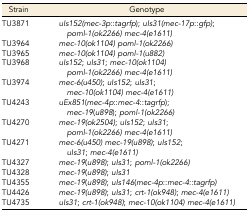
<table><thead><tr><td><b>Strain</b></td><td><b>Genotype</b></td></tr></thead><tbody><tr><td>TU3871</td><td><i>uIs152(mec-3p</i>::<i>tagrfp</i>);<i>uIs31(mec-17p</i>::<i>gfp)</i>;<i>poml-1(ok2266) mec-4(e1611)</i></td></tr><tr><td>TU3964</td><td><i>mec-10(ok1104)poml-1(ok2266)</i></td></tr><tr><td>TU3965</td><td><i>mec-10(ok1104)poml-1(u882)</i></td></tr><tr><td>TU3968</td><td><i>uIs152</i>;<i>uIs31</i>; <i>mec-10(ok1104) poml-1(ok2266)mec-4(e1611)</i></td></tr><tr><td>TU3974</td><td><i>mec-6(u450)</i>;<i>uIs152</i>; <i>uIs31</i>;<i>mec-10(ok1104) mec-4(e1611)</i></td></tr><tr><td>TU4243</td><td><i>uEx851</i>(<i>mec-4p</i>::<i>mec-4</i>::<i>tagrfp</i>);<i>mec-19</i>(<i>u898</i>);<i>poml-1(ok2266)</i></td></tr><tr><td>TU4270</td><td><i>mec-19(ok2504)</i>;<i>uIs152</i>; <i>uIs31</i>;<i>poml-1(ok2266) mec-4(e1611)</i></td></tr><tr><td>TU4271</td><td><i>mec-6(u450) mec-19(u898)</i>;<i>uIs152</i>; <i>uIs31</i>;<i>mec-4(e1611)</i></td></tr><tr><td>TU4327</td><td><i>mec-19</i>(<i>u898)</i>; <i>uIs31</i>;<i>poml-1(ok2266)</i></td></tr><tr><td>TU4328</td><td><i>mec-19</i>(<i>u898)</i>;<i>uIs31</i></td></tr><tr><td>TU4355</td><td><i>mec-19</i>(<i>u898)</i>;<i>uIs146</i>(<i>mec-4p</i>::<i>mec-4</i>::<i>tagrfp)</i></td></tr><tr><td>TU4426</td><td><i>mec-19(u898)</i>;<i>uIs31</i>; <i>crt-1(ok948)</i>;<i>mec-4(e1611)</i></td></tr><tr><td>TU4735</td><td><i>uIs31</i>;<i>crt-1(ok948)</i>; <i>mec-10(ok1104)mec-4(e1611)</i></td></tr></tbody></table>